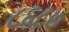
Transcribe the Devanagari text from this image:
८६८७